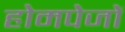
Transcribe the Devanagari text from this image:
होमपेजों